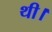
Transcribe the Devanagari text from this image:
थी।